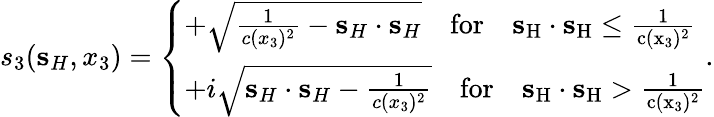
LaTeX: s_{3}({\mathbf s}_{H},x_{3})=\left\{ \begin{array}{ll}{+\sqrt{\frac{1}{c(x_{3})^{2}}-{\mathbf s}_{H}\cdot{\mathbf s}_{H}}\quad\mathrm{{for}\quad{\mathbf s}_{H}\cdot{\mathbf s}_{H}\leq\frac{1}{c(x_{3})^{2}}}}\\ {+i\sqrt{{\mathbf s}_{H}\cdot{\mathbf s}_{H}-\frac{1}{c(x_{3})^{2}}}\quad\mathrm{{for}\quad{\mathbf s}_{H}\cdot{\mathbf s}_{H}>\frac{1}{c(x_{3})^{2}}}}\end{array}\right..